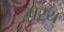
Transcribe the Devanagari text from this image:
ज्वरय